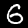
Digit: 6